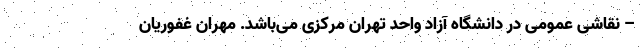
– نقاشی عمومی در دانشگاه آزاد واحد تهران مرکزی می‌باشد. مهران غفوریان